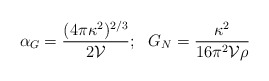
\begin{align*}\alpha_G={{(4 \pi \kappa^2)^{2/3}}\over{2 \mathcal{V}}};\,\,\,\, G_N={\kappa^2\over{16 \pi^2\mathcal{V}\rho}}\end{align*}